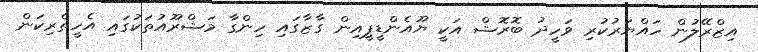
އިޒްރޭލުން ހައްޔަރުކުރި ވަހީދު ބޮރޮޝް އަކީ ޔޫއެންޑީޕީއިން ގާޒާގައި ހިންގާ މަޝްރޫއުތަކުގައި އެހީތެރިކަން